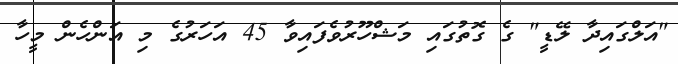
"އަލްގައިދާ ލޭޑީ" ގެ ގޮތުގައި މަޝްހޫރުވެފައިވާ 45 އަހަރުގެ މި އަންހެން މީހާ